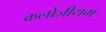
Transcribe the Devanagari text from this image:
कलोज़ीयम